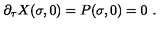
\partial _ { \tau } X ( \sigma , 0 ) = P ( \sigma , 0 ) = 0 \ .